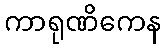
ကာရုဏိကေန